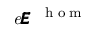
\mathit { e } \pmb { { \cal E } } ^ { \mathrm { ~ \tiny ~ { ~ h ~ o ~ m ~ } ~ } }